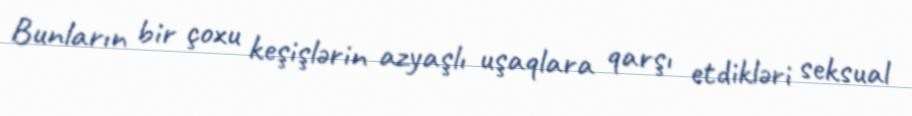
Bunların bir çoxu keşişlərin azyaşlı uşaqlara qarşı etdikləri seksual